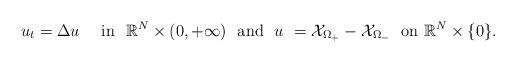
LaTeX: \begin{align*} u_t =\Delta u\quad\mbox{ in }\ \mathbb R^N\times (0,+\infty) \ \mbox{ and }\ u\ ={\mathcal X}_{\Omega_+} -{\mathcal X}_{\Omega_-} \ \mbox{ on } \mathbb R^N\times\{0\}.\end{align*}